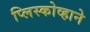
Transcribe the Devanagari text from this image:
प्लिस्कोव्हाने